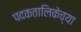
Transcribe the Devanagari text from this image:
पदकतालिकेच्या